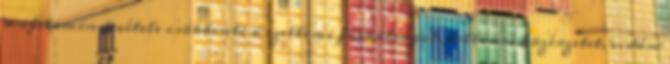
amfetamin bevétele csökkenti a szellemi fáradtságot, kellemes közérzetet, vidám